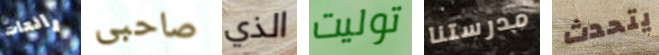
رائعات صاحبى الذي توليت مدرستنا يتحدث